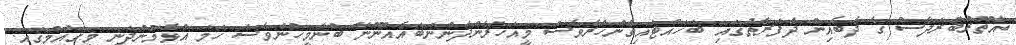
އާތޫރުބުަރަދާސް ގެ ދެބެއިން ދެފަރާތުގައި ބަހައްޓައިގެންހުރެވެސް މީއަހަރެންދަންނަބައެއްނޫނޭ ބުނާމީހުންވެސް ހަމަ އުޅެމުންދަނީ މިގައުމުގައި.